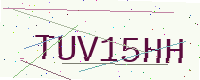
Text: TUV15HH